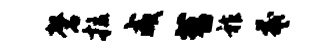
磬拉咸苕祚羲